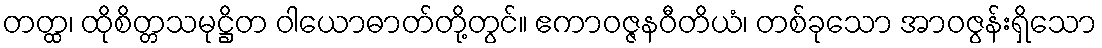
တတ္ထ၊ ထိုစိတ္တသမုဋ္ဌိတ ဝါယောဓာတ်တို့တွင်။ ဧကာဝဇ္ဇနဝီတိယံ၊ တစ်ခုသော အာဝဇွန်းရှိသော